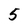
Character: 5